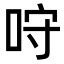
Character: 𠱔